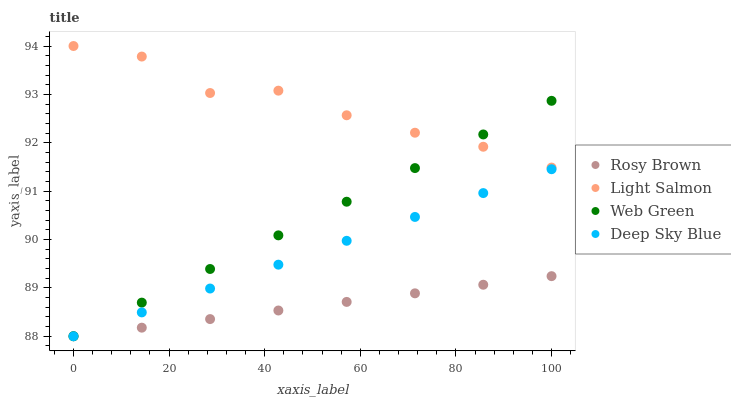
| xaxis_label | Rosy Brown | Light Salmon | Web Green | Deep Sky Blue |
 | --- | --- | --- | --- | --- |
 | 0 | 88 | 94 | 88 | 88 |
 | 14.3 | 88.2 | 93.8 | 88.7 | 88.5 |
 | 28.6 | 88.4 | 93 | 89.4 | 89 |
 | 42.9 | 88.5 | 93.1 | 90.1 | 89.5 |
 | 57.1 | 88.7 | 92.6 | 90.8 | 90 |
 | 71.4 | 88.9 | 92.2 | 91.5 | 90.5 |
 | 85.7 | 89.1 | 91.9 | 92.2 | 91 |
 | 100 | 89.2 | 91.5 | 92.9 | 91.5 |